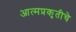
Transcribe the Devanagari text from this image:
आत्मप्रकृतीचे